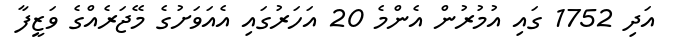
އަދި 1752 ގައި އުމުރުން އެންމެ 20 އަހަރުގައި އެއަވަށުގެ މޭޖަރެއްގެ ވަޒީފާ